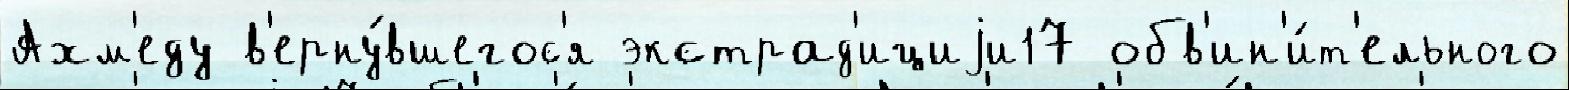
Ахм'еду в'ерну́вшегос'я экстрад'ициjи17 обв'ин'и́т'ельного